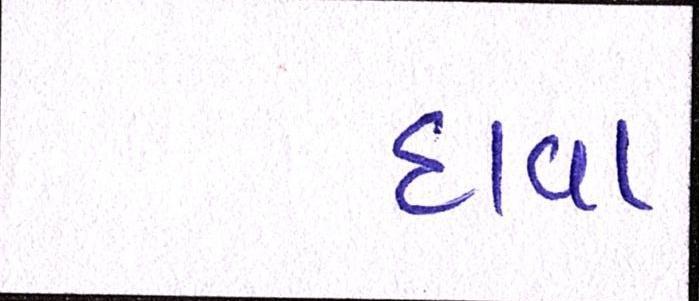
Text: દાવા